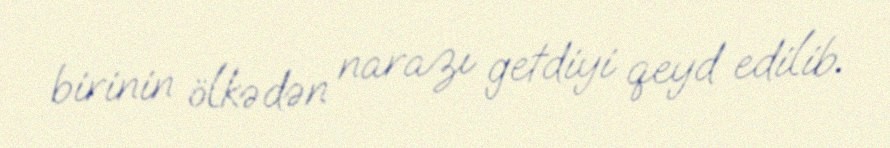
birinin ölkədən narazı getdiyi qeyd edilib.